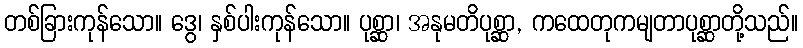
တစ်ခြားကုန်သော။ ဒွေ၊ နှစ်ပါးကုန်သော။ ပုစ္ဆာ၊ အနုမတိပုစ္ဆာ, ကထေတုကမျတာပုစ္ဆာတို့သည်။